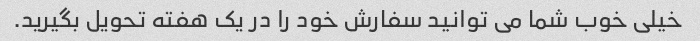
خیلی خوب شما می توانید سفارش خود را در یک هفته تحویل بگیرید.